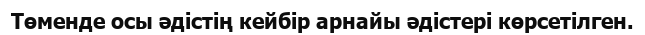
Төменде осы әдістің кейбір арнайы әдістері көрсетілген.